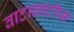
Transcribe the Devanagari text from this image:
वाटाघाटीस